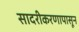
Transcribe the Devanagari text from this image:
सादरीकरणापासून